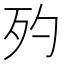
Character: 𣧀